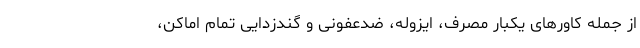
از جمله کاورهای یکبار مصرف، ایزوله، ضدعفونی و گندزدایی تمام اماکن،